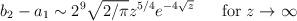
LaTeX: \begin{align*}b_2 -a_1 \sim 2^9 \sqrt{2/\pi } z^{5/4} e^{-4\sqrt{z} } \ \ \ \ \ \mbox{for} \ z\rightarrow \infty\end{align*}